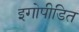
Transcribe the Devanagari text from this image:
इगोपीडित